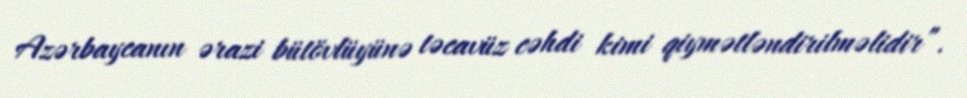
Azərbaycanın ərazi bütövlüyünə təcavüz cəhdi kimi qiymətləndirilməlidir”.